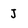
Character: J